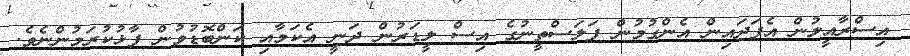
އިސްރާއީލުން އެފަދައިން އެންގުމުން ފަލަސްތީނުގެ އިސް ލީޑަރުން ދަނީ އެކަމާއި ކަންބޮޑުވުން ފާޅުކުރަމުންނެވެ.